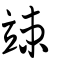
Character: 竦